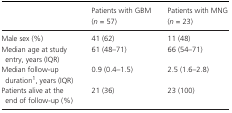
<table><thead><tr><td></td><td><b>Patients with GBM (<i>n</i> = 57)</b></td><td><b>Patients with MNG (<i>n</i> = 23)</b></td></tr></thead><tbody><tr><td>Male sex (%)</td><td>41 (62)</td><td>11 (48)</td></tr><tr><td>Median age at study entry, years (IQR)</td><td>61 (48–71)</td><td>66 (54–71)</td></tr><tr><td>Median follow‐up durationa, years (IQR)</td><td>0.9 (0.4–1.5)</td><td>2.5 (1.6–2.8)</td></tr><tr><td>Patients alive at the end of follow‐up (%)</td><td>21 (36)</td><td>23 (100)</td></tr></tbody></table>